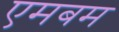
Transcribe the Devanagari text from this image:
एमबम